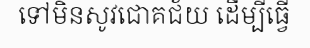
ទៅមិនសូវជោគជ័យ ដើម្បីធ្វើ